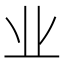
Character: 业